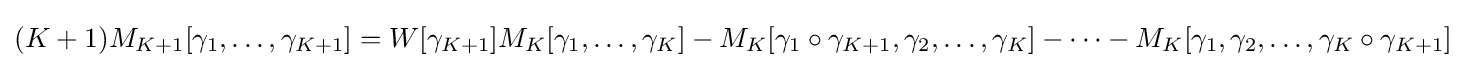
(K+1)M_{K+1}[\gamma _{1},\dots ,\gamma _{K+1}]=W[\gamma _{K+1}]M_{K}[\gamma _{1},\dots ,\gamma _{K}]-M_{K}[\gamma _{1}\circ \gamma _{K+1},\gamma _{2},\dots ,\gamma _{K}]-\cdots -M_{K}[\gamma _{1},\gamma _{2},\dots ,\gamma _{K}\circ \gamma _{K+1}]